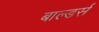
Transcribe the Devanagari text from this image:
बाल्डर्स